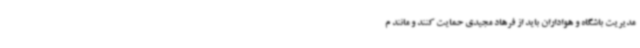
مدیریت باشگاه و هواداران باید از فرهاد مجیدی حمایت کنند و مانند م